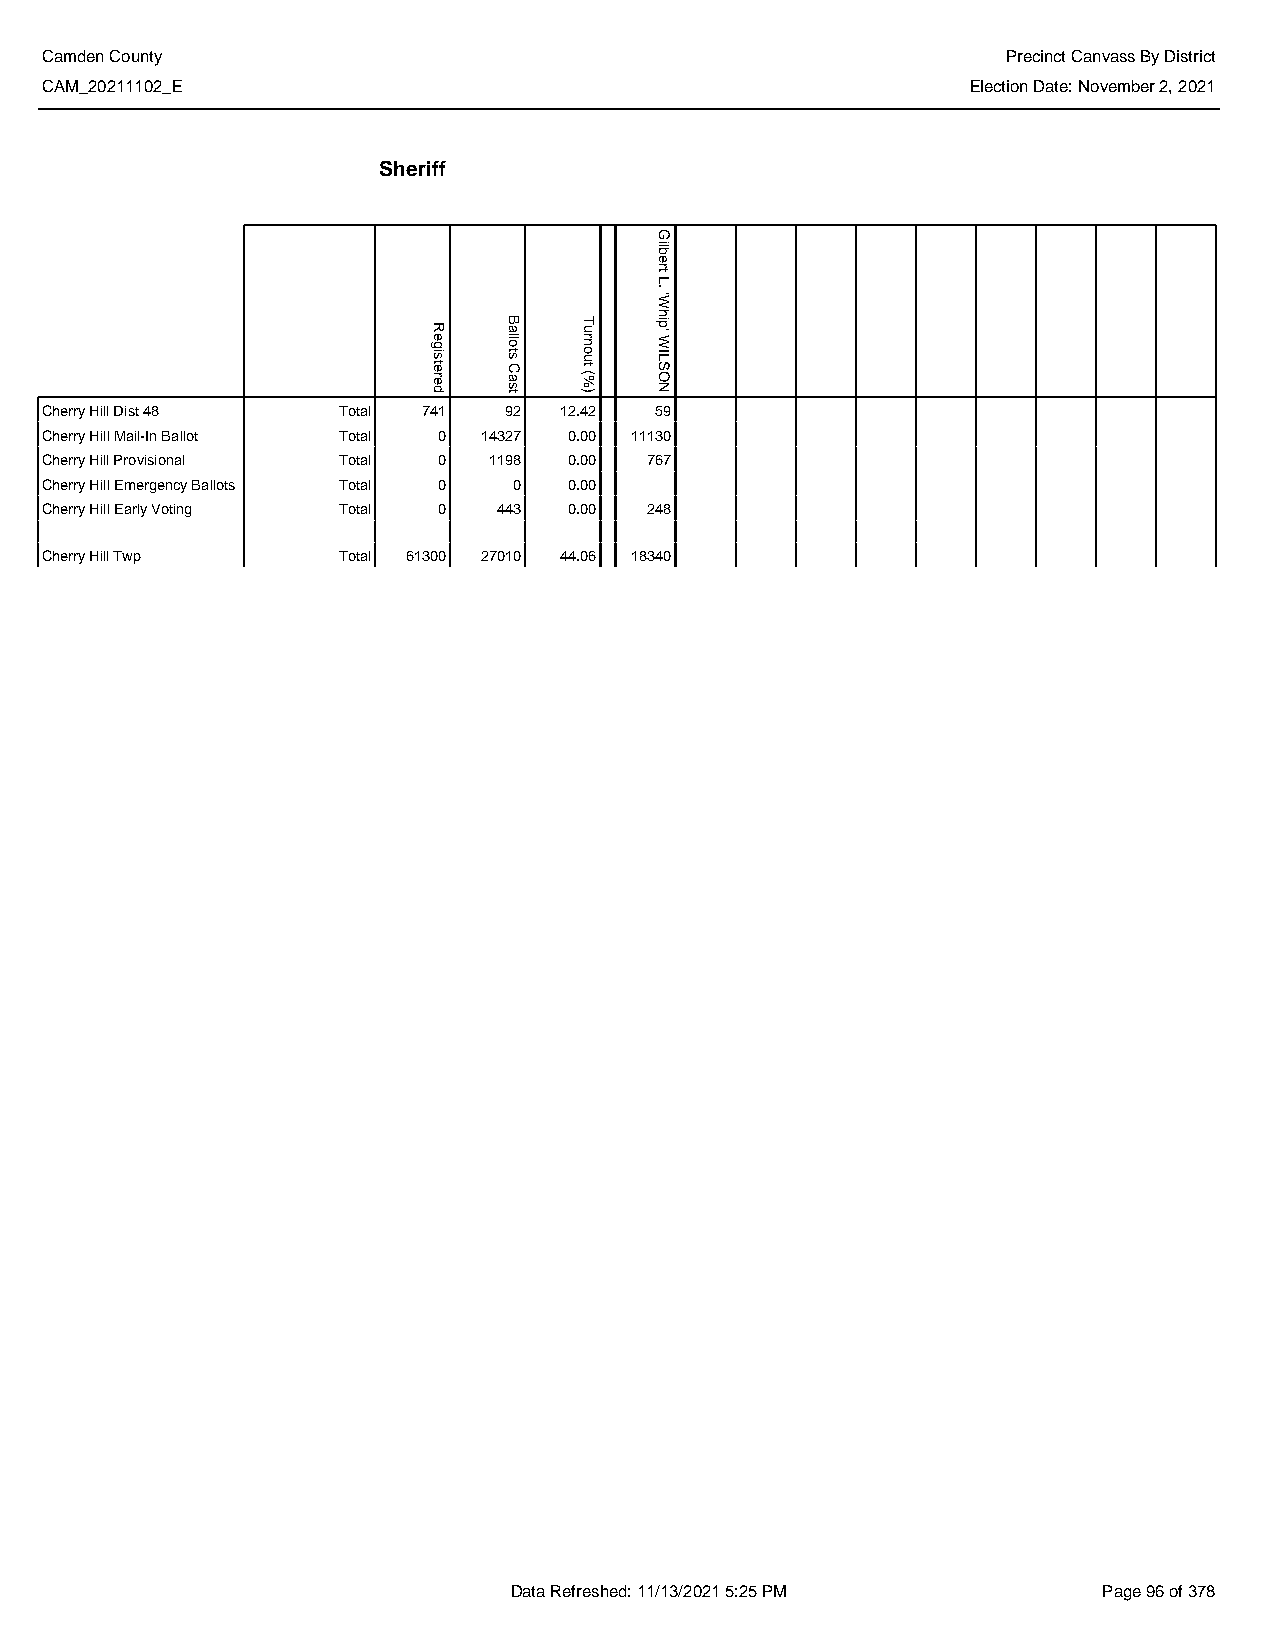
Camden County                                                   Precinct Canvass By District
 CAM_20211102_E                                               Election Date: November 2, 2021
 Sheriff
 Cherry Hill Dist 48 Total 741 92  12.42 59
 Cherry Hill Mail-In Ballot Total 0 14327 0.00 11130
 Cherry Hill Provisional Total 0 1198 0.00 767
 Cherry Hill Emergency Ballots Total 0 0 0.00
 Cherry Hill Early Voting Total 0 443 0.00 248
 Cherry Hill Twp    Total 61300 27010 44.06 18340
 Data Refreshed: 11/13/2021 5:25 PM     Page 96 of 378
 Registered
 Ballots
 Cast
 Turnout
 (%)
 Gilbert
 L.
 'Whip'
 WILSON